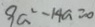
9 a ^ { 2 } - 1 4 a = 0